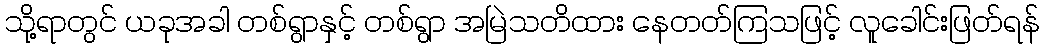
သို့ရာတွင် ယခုအခါ တစ်ရွာနှင့် တစ်ရွာ အမြဲသတိထား နေတတ်ကြသဖြင့် လူခေါင်းဖြတ်ရန်